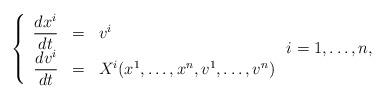
LaTeX: \begin{align*}\left\{ \begin{array}{rcl} {\displaystyle \frac{dx^i}{dt}}&=&v^i\\ {\displaystyle\frac{dv^i}{dt}}&=&X^i(x^1,\ldots,x^n,v^1,\ldots, v^n) \end{array}\right. i=1,\ldots,n, \end{align*}